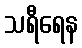
သရီရေန